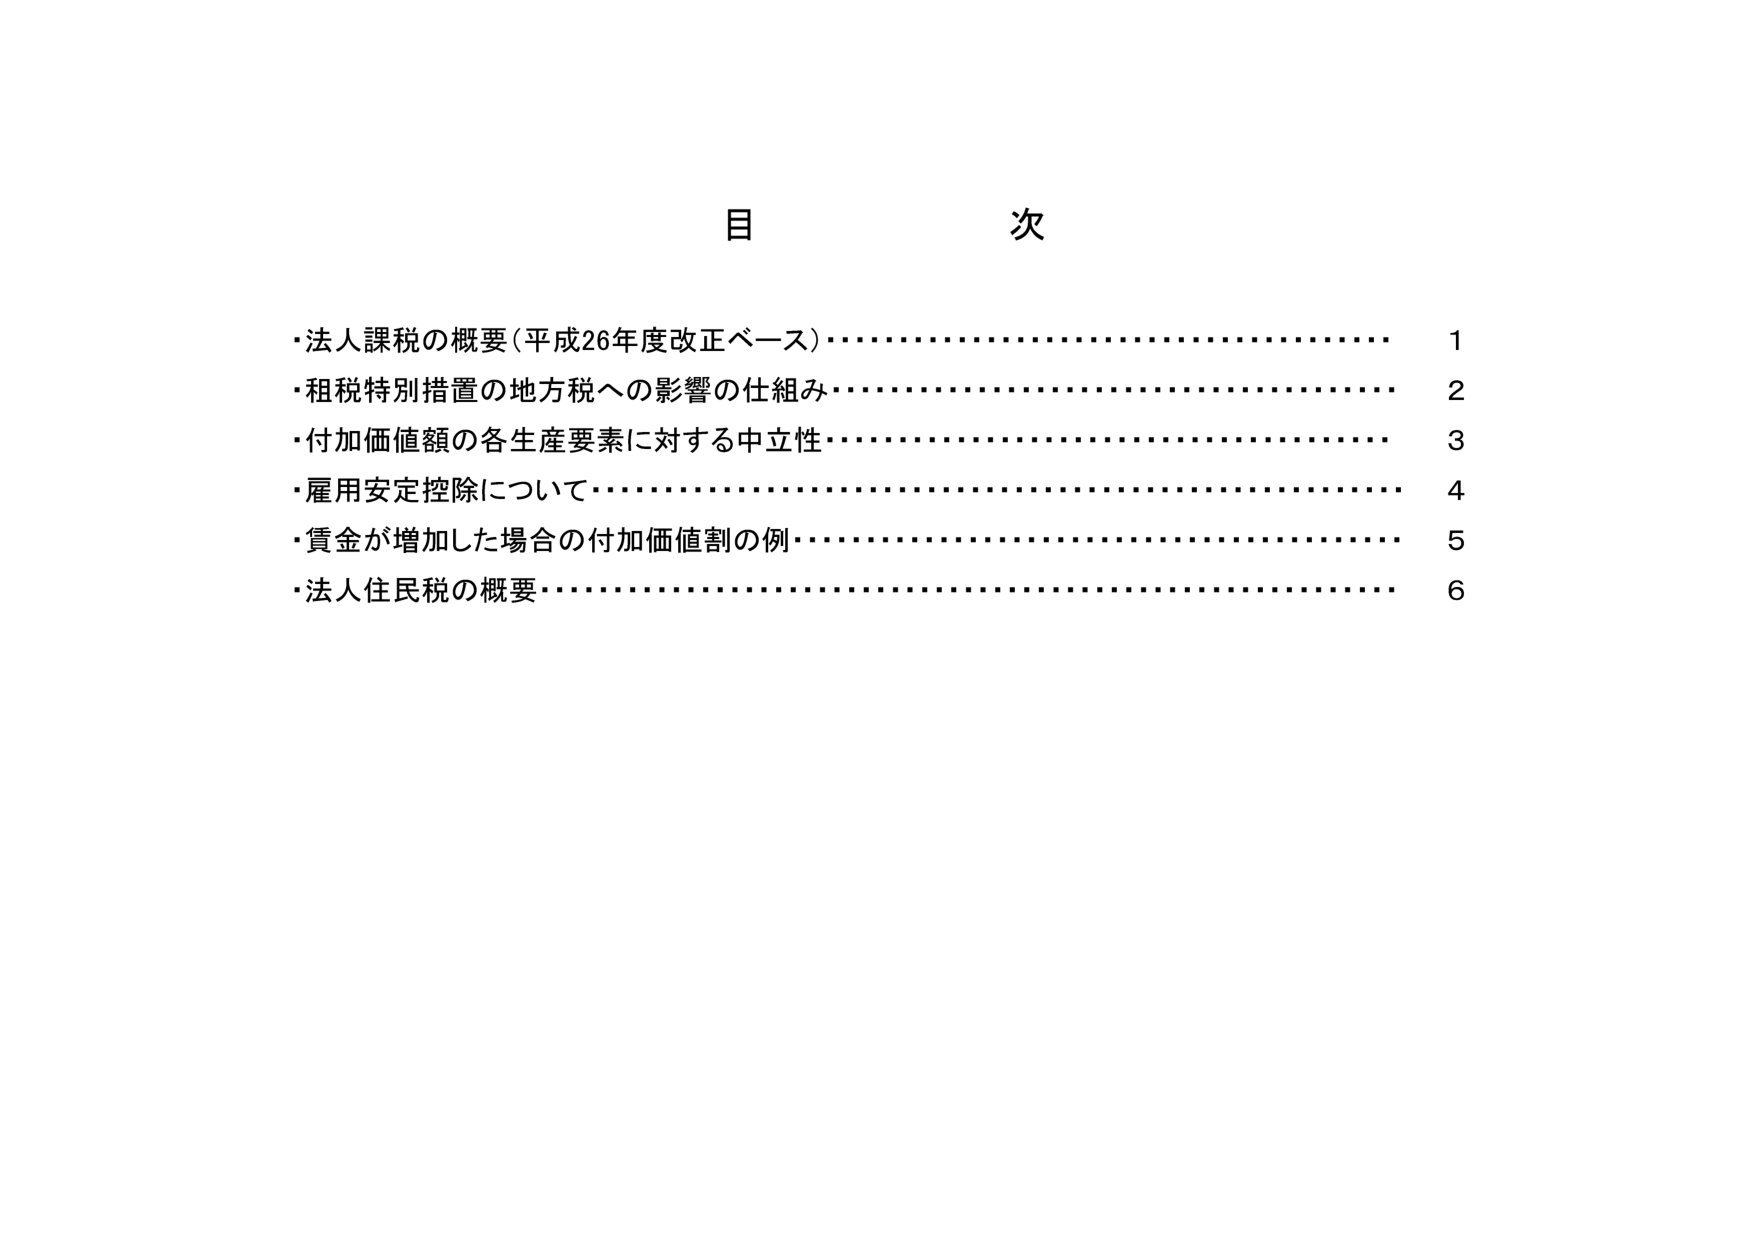
目 次
・法人課税の概要（平成26年度改正ベース）…………………………… 1
・租税特別措置の地方税への影響の仕組み…………………………… 2
・付加価値額の各生産要素に対する中立性…………………………… 3
・雇用安定控除について………………………………………………… 4
・賃金が増加した場合の付加価値割の例…………………………… 5
・法人住民税の概要…………………………………………………… 6